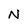
Character: N